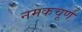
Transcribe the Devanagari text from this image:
नमकचूर्ण